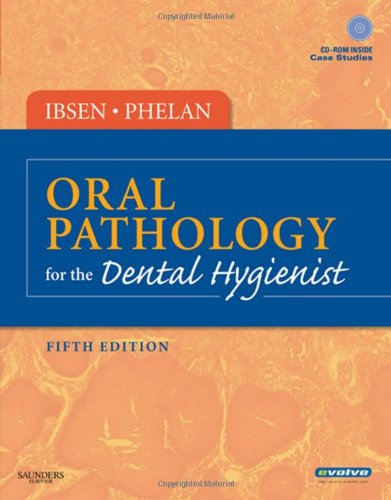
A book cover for Oral Pathology for the Dental Hygienist, 5th Edition; Olga A. C. Ibsen RDH  MS; Medical Books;